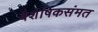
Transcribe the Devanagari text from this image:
वैशेषिकसंमत